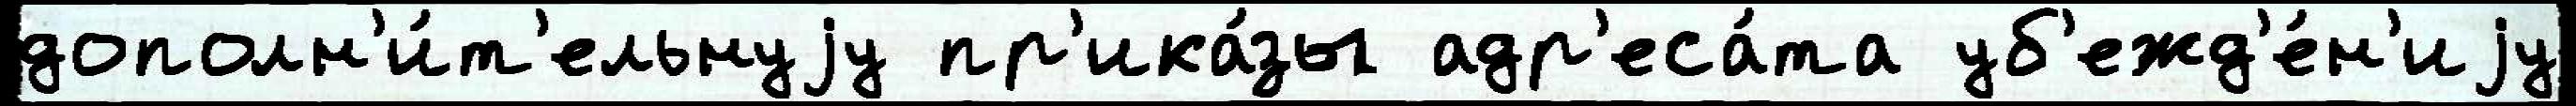
дополн'и́т'ельнуjу пр'ика́зы адр'еса́та уб'ежд'е́н'иjу